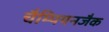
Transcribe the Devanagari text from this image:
चैम्पियनजैक